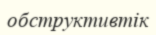
обструктивтік